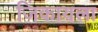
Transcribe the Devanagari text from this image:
जिंकायला